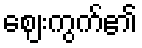
ဈေးကွက်၏